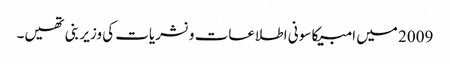
2009 میں امبیکا سونی اطلاعات و نشریات کی وزیر بنی تھیں۔